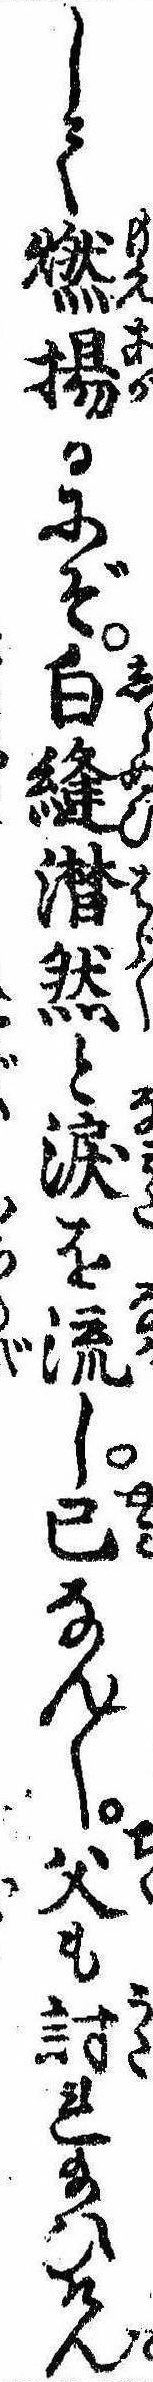
して燃揚るにぞ白縫潸然と涙を流し已なん〱父も討れ給ひけん